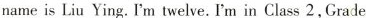
nameis Liu Ying. I'm twelve. I'm in Class 2, Grade